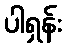
ပါရှန်း